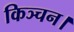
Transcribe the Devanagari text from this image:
किञ्चन।